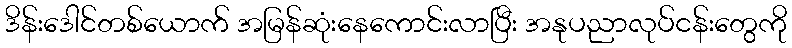
ဒိန်းဒေါင်တစ်ယောက် အမြန်ဆုံးနေကောင်းလာပြီး အနုပညာလုပ်ငန်းတွေကို